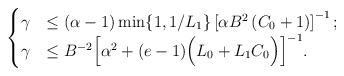
\begin{align*} \begin{cases} \gamma &\leq {(\alpha-1)}\min\{ 1 , {1}/{L_1} \}\left[{\alpha B^2\left( C_0 + 1 \right)}\right]^{-1};\\ \gamma &\leq B^{-2}\Big[\alpha^2 + (e-1) \Big(L_{0}+ L_1 C_0\Big) \Big]^{-1}. \end{cases} \end{align*}